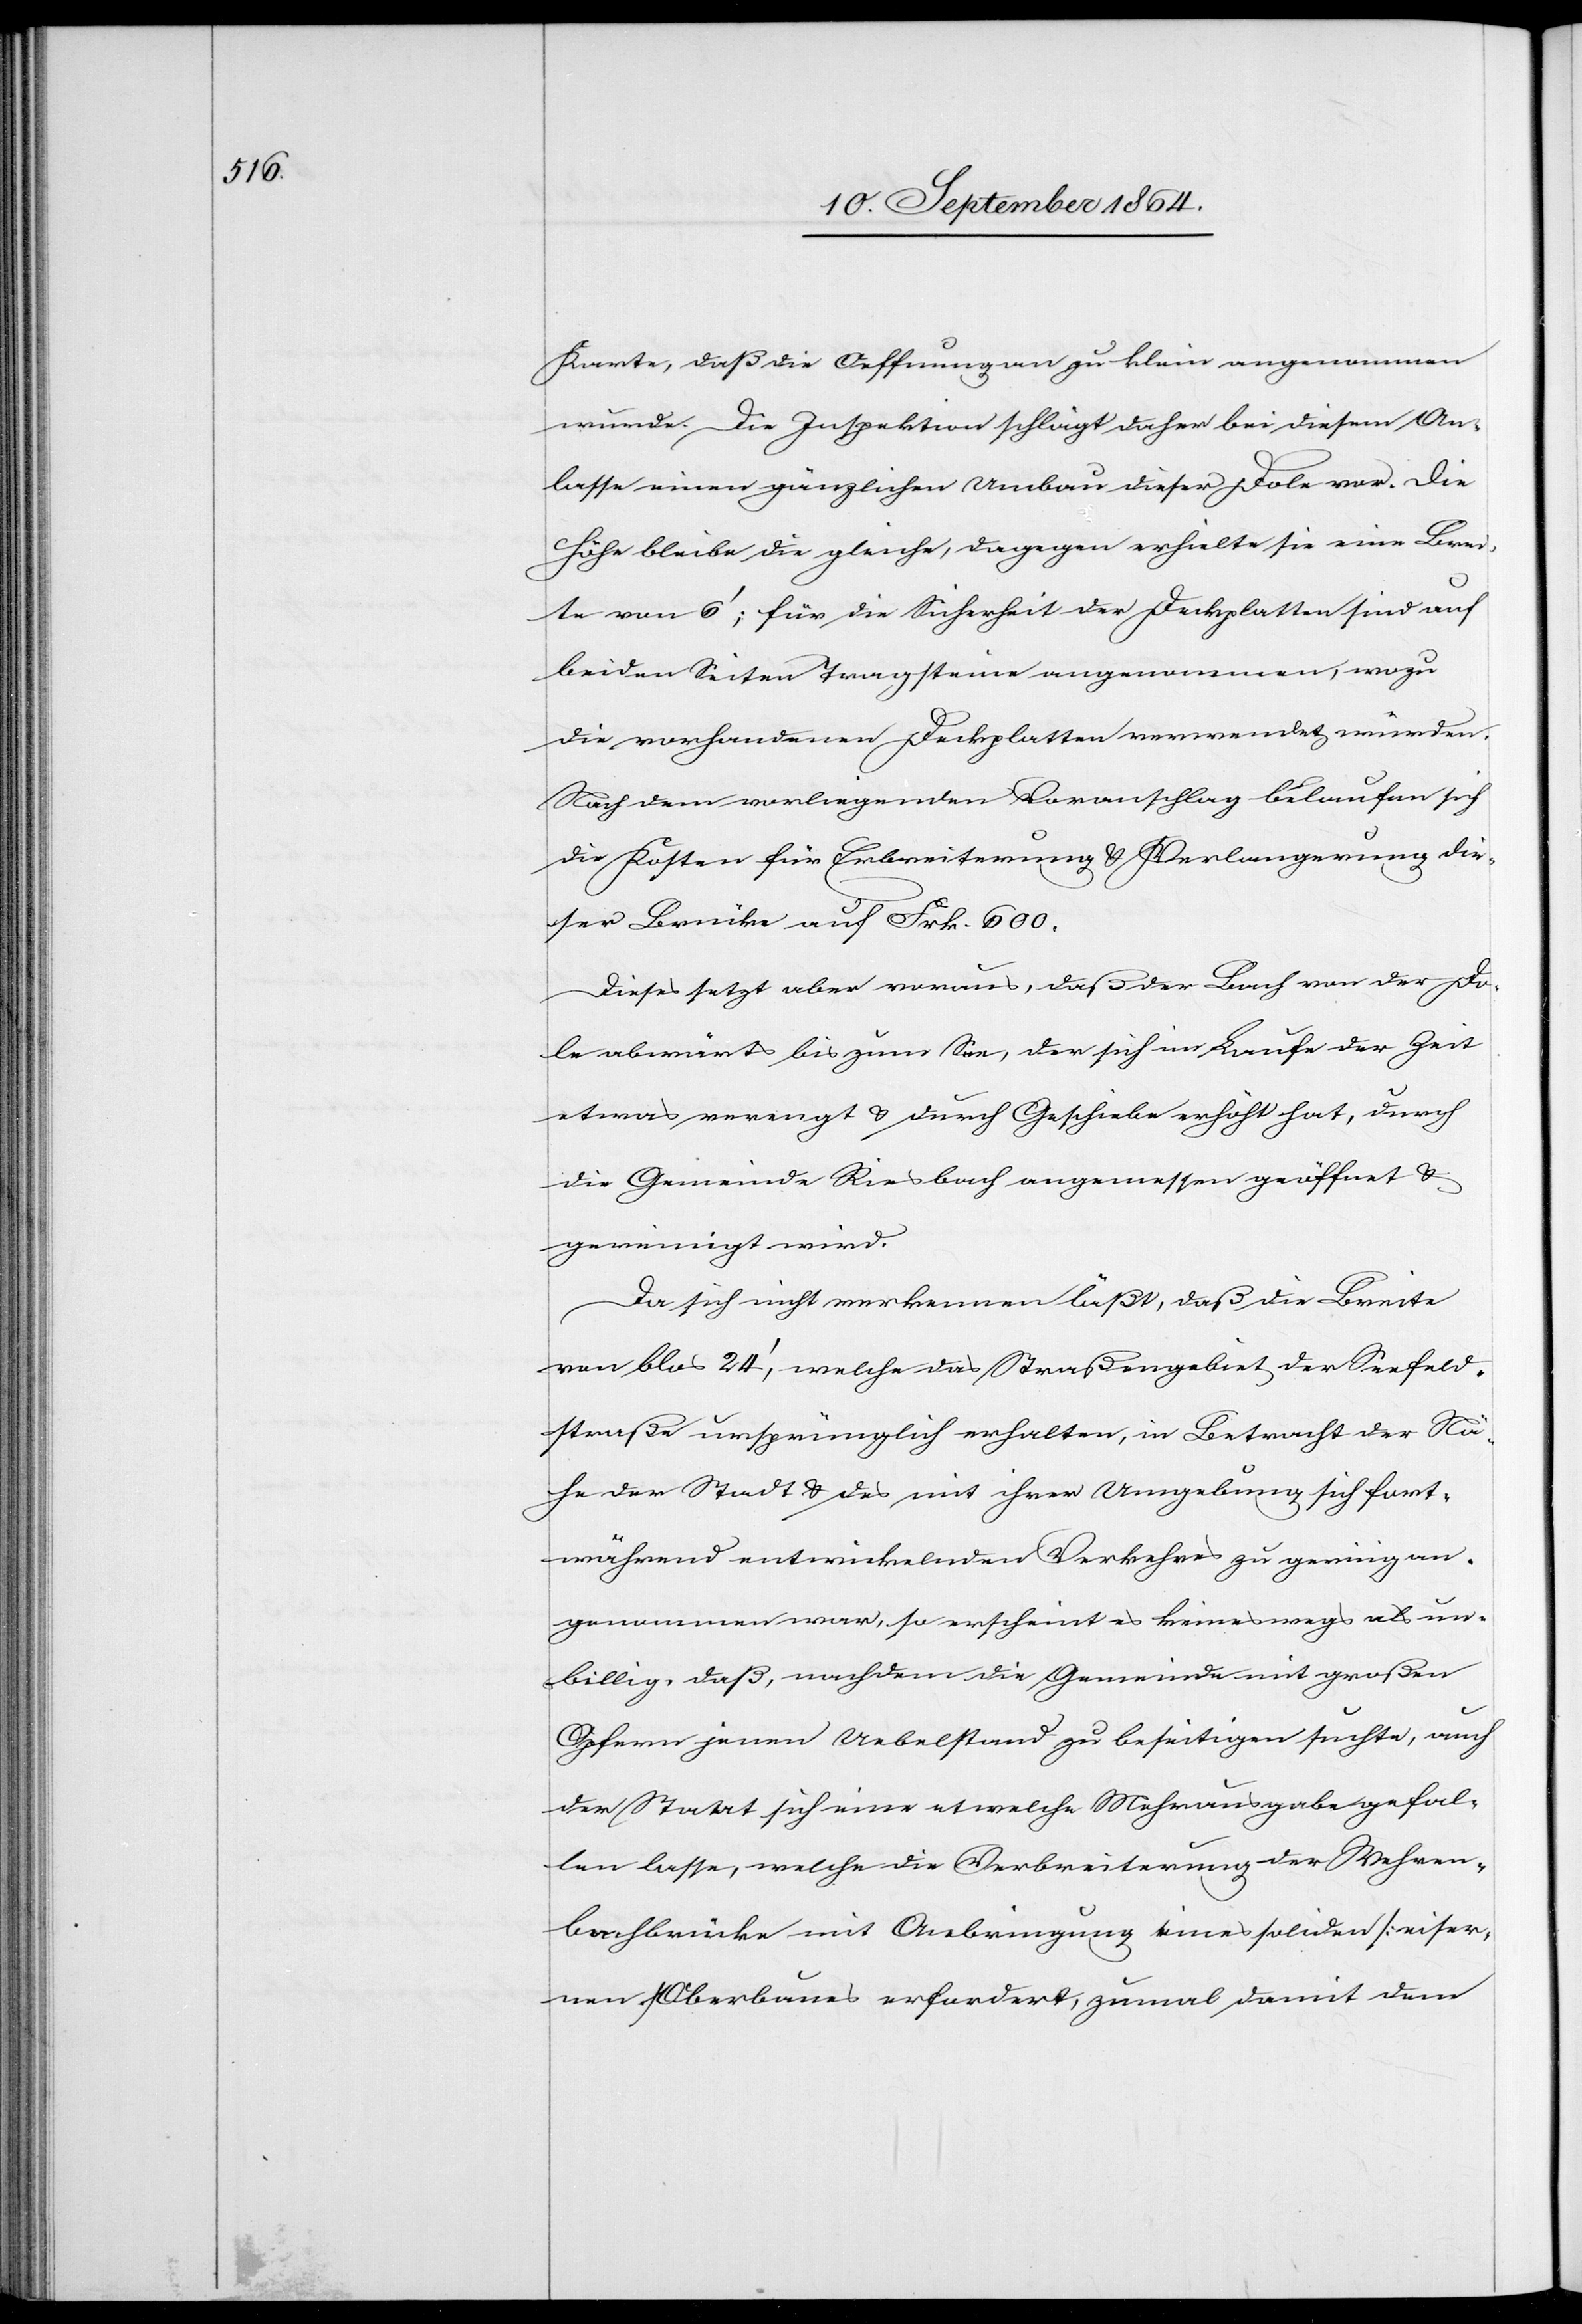
Karte, daß die Oeffnung an [sic!] zu klein angenommen
wurde. Die Inspektion schlägt daher bei diesem An¬
lasse einen gänzlichen Umbau dieser Dole vor. Die
Höhe bleibe die gleiche, dagegen erhielte sie eine Brei¬
te von 6’; für die Sicherheit der Deckplatten sind auf
beiden Seiten Tragsteine angenommen, wozu
die vorhandenen Deckplatten verwendet würden.
Nach dem vorliegenden Voranschlag belaufen sich
die Kosten für Erbreiterung & Verlängerung die¬
ser Brücke auf Frk. 600.
Dieses setzt aber voraus, daß der Bach von der Do¬
le abwärts bis zum See, der sich im Laufe der Zeit
etwas verengt & durch Geschiebe erhöht hat, durch
die Gemeinde Riesbach angemessen geöffnet &
gereinigt wird.
Da sich nicht verkennen läßt, daß die Breite
von blos 24’, welche das Straßengebiet der Seefeld¬
straße ursprünglich erhalten, in Betracht der Nä¬
he der Stadt & des mit ihrer Umgebung sich fort¬
während entwickelnden Verkehres zu gering an¬
genommen war, so erscheint es keineswegs als un¬
billig, daß, nachdem die Gemeinde mit großen
Opfern jenen Uebelstand zu beseitigen suchte, auch
der Staat sich eine etwelche Mehrausgabe gefal¬
len lasse, welche die Verbreiterung der Wehren¬
bachbrücke mit Anbringung eines soliden [eiser¬
nen] Oberbaues erfordert, zumal damit dem